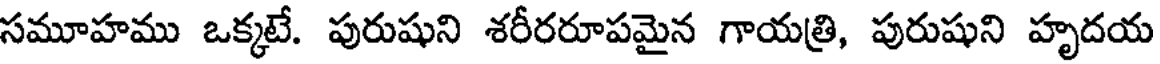
సమూహము ఒక్కటే. పురుషుని శరీరరూపమైన గాయత్రి, పురుషుని హృదయ